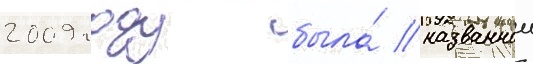
2009 году была́ названнои